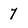
Character: 7